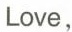
Love,